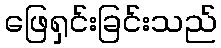
ဖြေရှင်းခြင်းသည်